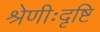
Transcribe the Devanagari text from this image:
श्रेणीःदृष्टि